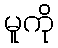
မူကို